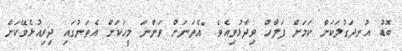
ބޮޑު އުނދަގުލަކަށް ކަމަށް ފަލާހް ވިދާޅުވިއެވެ. "އެތަނަށް ވަންނަ މީހަކަށް އެތަނުގައި ދިރިއުޅެވޭކަށް